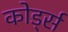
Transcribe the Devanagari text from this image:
कोर्ड्स